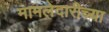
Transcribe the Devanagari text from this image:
मामलेदारीच्या